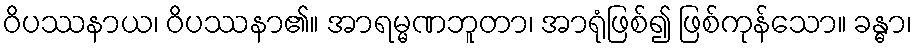
ဝိပဿနာယ၊ ဝိပဿနာ၏။ အာရမ္မဏဘူတာ၊ အာရုံဖြစ်၍ ဖြစ်ကုန်သော။ ခန္ဓာ၊